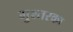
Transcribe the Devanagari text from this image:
मुश्तरका